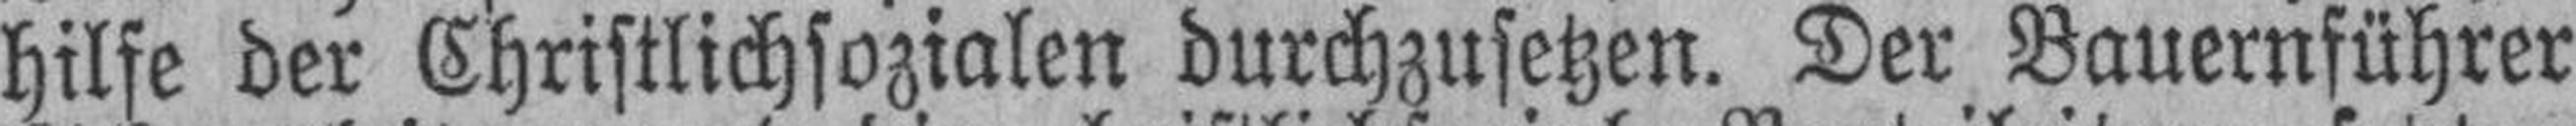
hilfe der Christlichsozialen durchzusetzen. Der Bauernführer